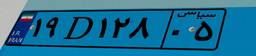
۱۹D۱۲۸۰۵